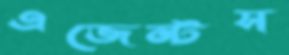
এজেন্টস